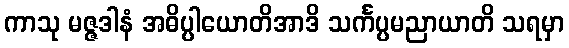
ကာသု မဇ္ဇဒါနံ အဓိပ္ပါယောတိအာဒိ သင်္ကပ္ပမညာယာတိ သရမှာ